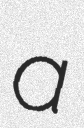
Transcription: a